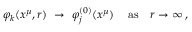
\varphi _ { k } ( x ^ { \mu } , r ) ~ \to ~ \varphi _ { j } ^ { ( 0 ) } ( x ^ { \mu } ) \, \quad \mathrm { a s } \quad r \to \infty \, ,